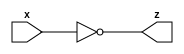
module Not_1210708 #(parameter n =4) (input signed [n+1:0] x,
									output [n+1:0] z);
//A module that assign the output as not(x) 
  assign z = ~(x);

endmodule